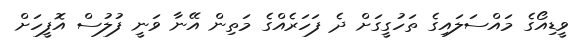
ވީޑިއޯގެ މައްސަލައިގެ ތަހުގީގަށް ދެ ފަހަރެއްގެ މަތިން އޭނާ ވަނީ ފުލުސް އޮފީހަށް